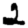
Digit: 2